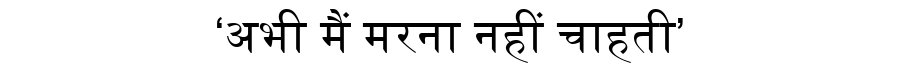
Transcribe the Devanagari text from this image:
‘अभी मैं मरना नहीं चाहती’